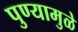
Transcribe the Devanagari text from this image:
पुण्यामुळे